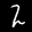
Label: 2